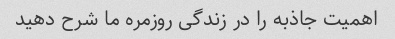
اهمیت جاذبه را در زندگی روزمره ما شرح دهید